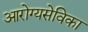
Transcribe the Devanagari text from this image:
आरोग्यसेविका